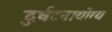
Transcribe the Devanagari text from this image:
दुर्घटनायोग्य